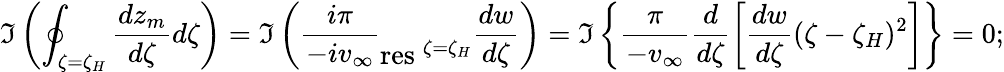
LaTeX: \Im\left(\oint_{\zeta=\zeta_{H}}\frac{dz_{m}}{d\zeta}d\zeta\right)=\Im\left(\frac{i\pi}{-iv_{\infty}}\begin{array}{c}{~~~}\\ {\mathrm{res}\ ^{\zeta=\zeta_{H}}}\end{array}\frac{dw}{d\zeta}\right)=\Im\left\{ \frac{\pi}{-v_{\infty}}\frac{d}{d\zeta}\left[\frac{dw}{d\zeta}(\zeta-\zeta_{H})^{2}\right]\right\} =0;